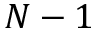
N - 1